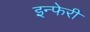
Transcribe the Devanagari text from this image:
इन्फेरी